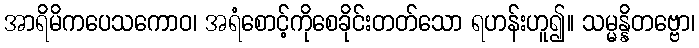
အာရိမိကပေသကောဝ၊ အရံစောင့်ကိုစေခိုင်းတတ်သော ရဟန်းဟူ၍။ သမ္မန္နိတဗ္ဗော၊